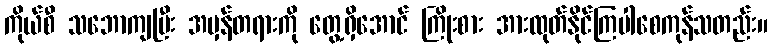
ကိုယ်စီ သဘောကျပြီး အမှန်တရားကို တွေ့ရှိအောင် ကြိုးစား အားထုတ်နိုင်ကြပါစေကုန်သတည်း။